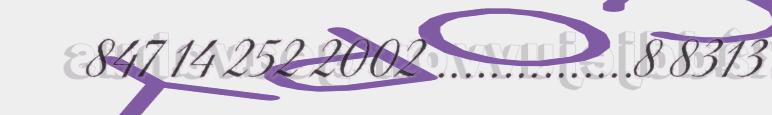
847 14 252 2002 ...............8 8313